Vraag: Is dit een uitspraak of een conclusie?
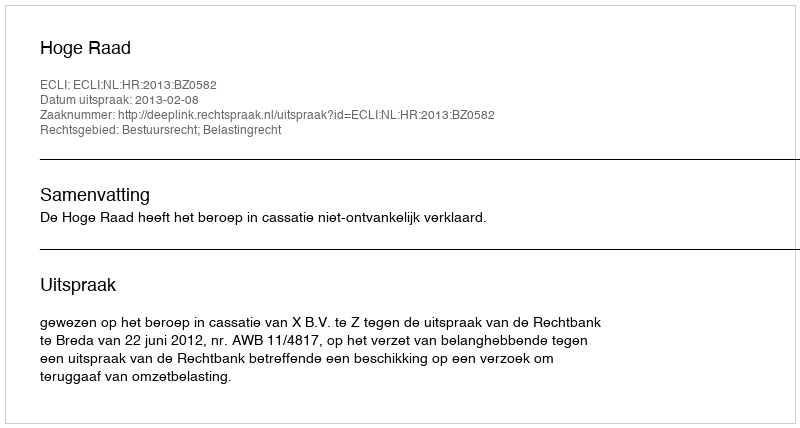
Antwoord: Uitspraak